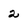
Character: 2